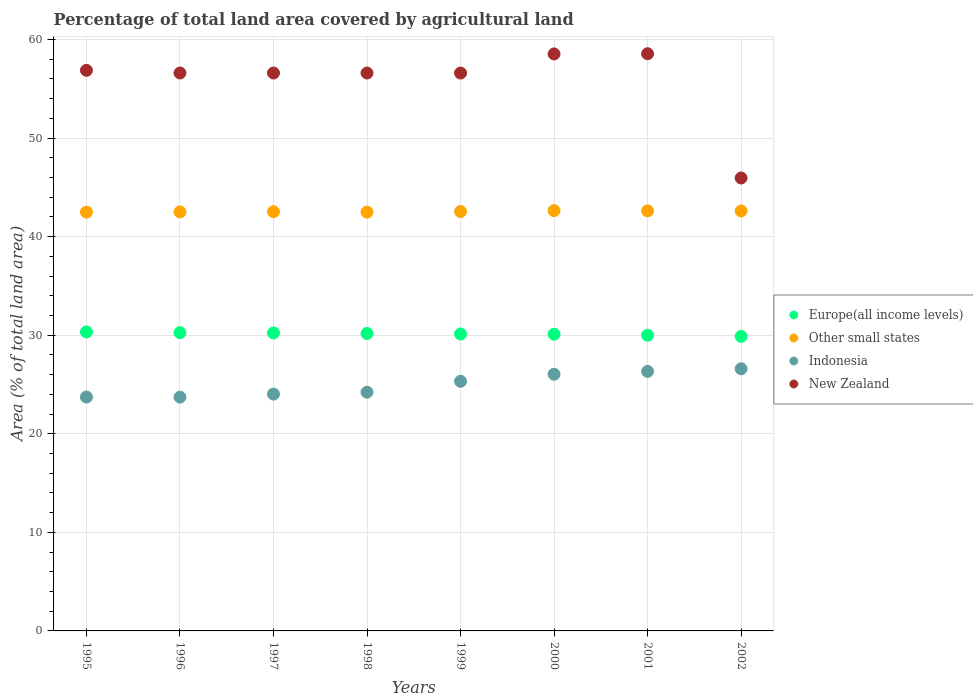
| Years | Europe(all income levels) | Other small states | Indonesia | New Zealand |
 | --- | --- | --- | --- | --- |
 | 1995 | 30.3 | 42.5 | 23.7 | 56.9 |
 | 1996 | 30.3 | 42.5 | 23.7 | 56.6 |
 | 1997 | 30.2 | 42.5 | 24 | 56.6 |
 | 1998 | 30.2 | 42.5 | 24.2 | 56.6 |
 | 1999 | 30.1 | 42.5 | 25.3 | 56.6 |
 | 2000 | 30.1 | 42.6 | 26 | 58.5 |
 | 2001 | 30 | 42.6 | 26.3 | 58.6 |
 | 2002 | 29.9 | 42.6 | 26.6 | 45.9 |